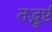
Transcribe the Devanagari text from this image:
तद्भृष्टं